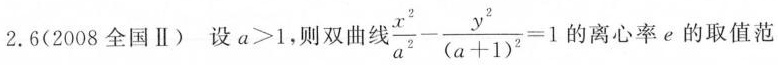
2.6(2008全国Ⅱ)设$$a>1$$，则双曲 $$\frac{x^{2}}{a^{2}}- \frac{y^{2}}{(a+1)^{2}}=1$$ 的离心率e的取值范